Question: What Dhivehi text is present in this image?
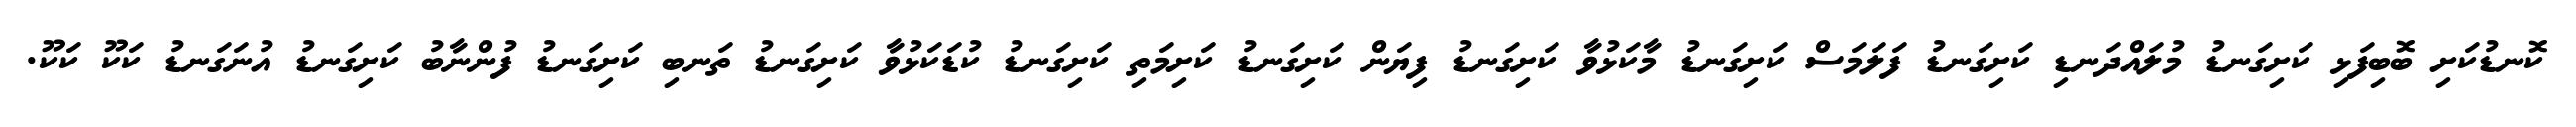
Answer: ކޮނޑުކަށި ބޮބިފަޅި ކަށިގަނޑު މުލައްދަނޑި ކަށިގަނޑު ފަލަމަސް ކަށިގަނޑު މާކަޅުވާ ކަށިގަނޑު ފިޔަން ކަށިގަނޑު ކަށިމަތި ކަށިގަނޑު ކުޑަކަޅުވާ ކަށިގަނޑު ތަނބި ކަށިގަނޑު ފުންނާބު ކަށިގަނޑު އުނަގަނޑު ކަކޫ ކަކޫ.